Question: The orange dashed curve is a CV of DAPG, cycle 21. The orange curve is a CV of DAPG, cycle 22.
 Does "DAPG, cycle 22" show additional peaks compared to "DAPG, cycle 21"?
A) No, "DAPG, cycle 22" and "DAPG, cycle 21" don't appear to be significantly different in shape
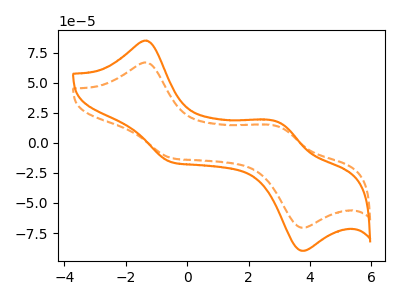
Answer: <think>The orange dashed curve "DAPG, cycle 21" has anodic peaks at (-1.35V, 66.80uA) (3.00V, 13.30uA) and cathodic peaks at (-0.50V, -12.60uA) (3.75V, -70.55uA). The orange curve "DAPG, cycle 22" has anodic peaks at (-1.35V, 84.95uA) (3.00V, 16.95uA) and cathodic peaks at (-0.50V, -16.00uA) (3.75V, -89.75uA).
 All the peaks in "DAPG, cycle 22" have a peak in "DAPG, cycle 21" at the same potential. Every peak in "DAPG, cycle 22" is higher than every peak in "DAPG, cycle 21".</think>
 <answer>A) No, "DAPG, cycle 22" and "DAPG, cycle 21" don't appear to be significantly different in shape</answer>
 <eval>A</eval>